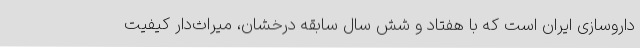
داروسازی ایران است که با هفتاد و شش سال سابقه درخشان، میراث‌دار کیفیت